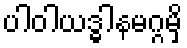
ပါဝါယဒ္ဓါနမဂ္ဂမှိ